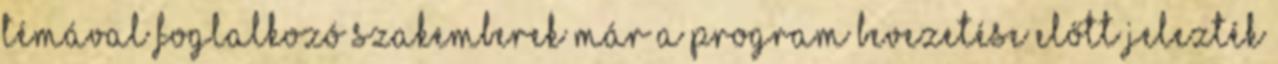
témával foglalkozó szakemberek már a program bevezetése előtt jelezték